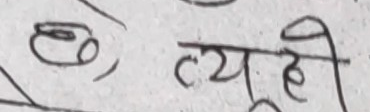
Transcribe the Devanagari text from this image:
त्यु ही